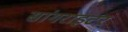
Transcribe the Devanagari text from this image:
सांगराइटर